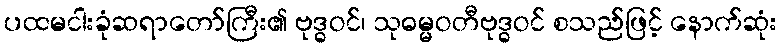
ပထမငါးခုံဆရာတော်ကြီး၏ ဗုဒ္ဓဝင်၊ သုဓမ္မဝတီဗုဒ္ဓဝင် စသည်ဖြင့် နောက်ဆုံး